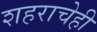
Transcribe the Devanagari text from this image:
शहराचेही